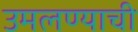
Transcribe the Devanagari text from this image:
उमलण्याची